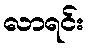
လာရင်း